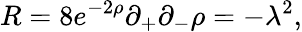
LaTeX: R=8e^{-2\rho}\partial_{+}\partial_{-}\rho=-\lambda^{2},